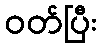
ဝတ်ပြီး